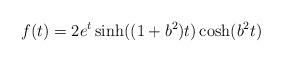
LaTeX: \begin{align*}f(t)=2e^t\sinh ((1+b^2)t)\cosh (b^2t) \end{align*}